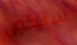
سيكون